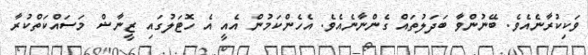
ވަކިކުރާނެއެވެ. ބޭނުންވާ ބަދަލުތައް ގެންނާނެއެވެ. އެހެންކަމުން އެއީ އެ ހޮޓަލުގައި ޒީނާޝް މަސައްކަތްކުރާ